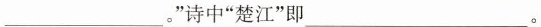
__。”诗中”楚江”即__。